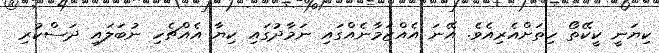
ކިޔަނީ ކީކޭތޯ ހިތަށްއެރިއެވެ. އޭނަ އެއްޒަމާނެއްގައި ނަމާދުގައި ކިޔާ އެއްޗެހި ނުބަލައި ދަސްކުރި